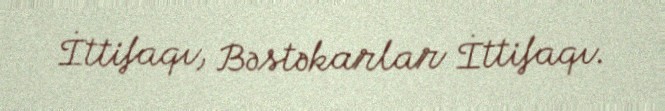
İttifaqı, Bəstəkarlar İttifaqı.